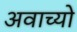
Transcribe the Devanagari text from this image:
अवाच्यो